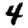
Digit: 4